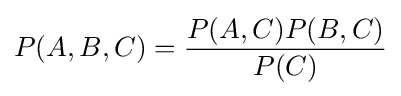
P(A,B,C)={\frac {P(A,C)P(B,C)}{P(C)}}